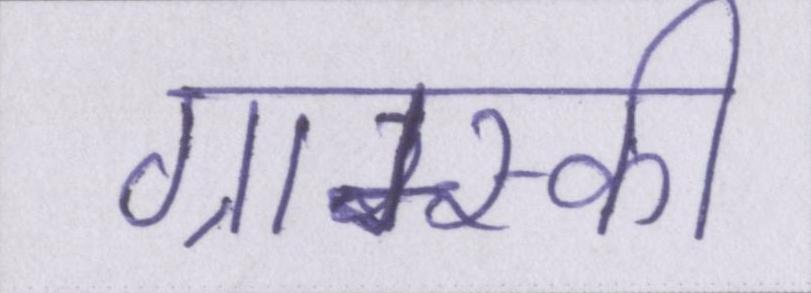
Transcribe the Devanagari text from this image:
ग्राम्स्की